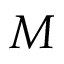
M